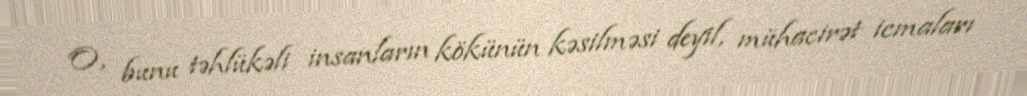
O, bunu təhlükəli insanların kökünün kəsilməsi deyil, mühacirət icmaları